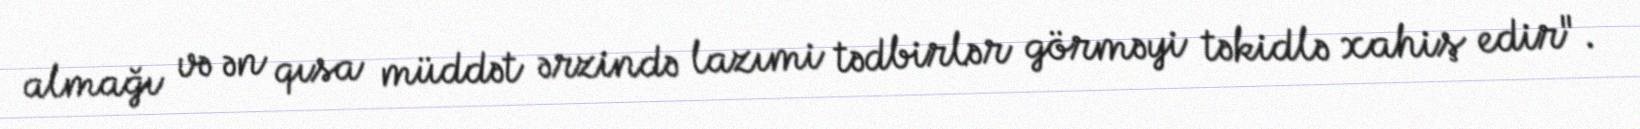
almağı və ən qısa müddət ərzində lazımi tədbirlər görməyi təkidlə xahiş edir".